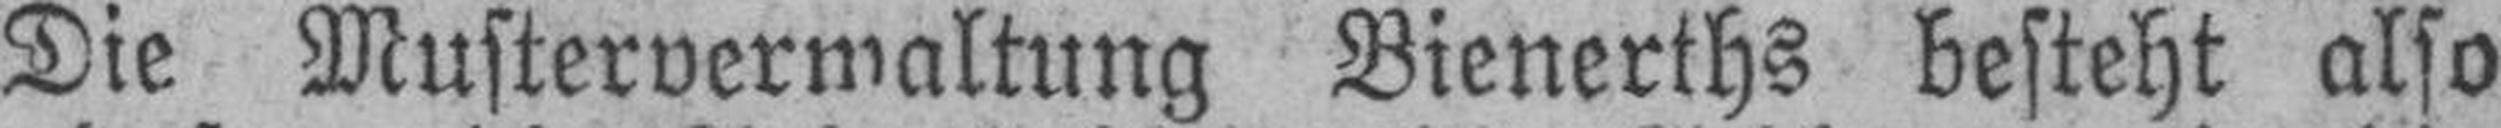
Die Musterverwaltung Bienerths besteht also